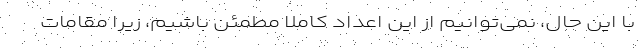
با این حال، نمی‌توانیم از این اعداد کاملاً مطمئن باشیم، زیرا مقامات